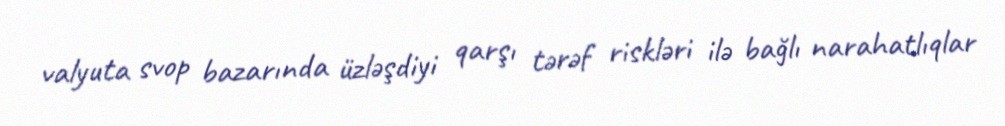
valyuta svop bazarında üzləşdiyi qarşı tərəf riskləri ilə bağlı narahatlıqlar